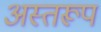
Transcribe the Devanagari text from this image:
अस्तरूप